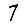
Digit: 7